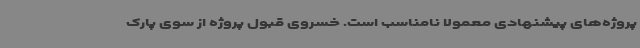
پروژه‌های پیشنهادی معمولا نامناسب است. خسروی قبول پروژه از سوی پارک